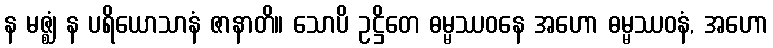
န မဇ္ဈံ န ပရိယောသာနံ ဇာနာတိ။ သောပိ ဥဋ္ဌိတေ ဓမ္မဿဝနေ အဟော ဓမ္မဿဝနံ, အဟော